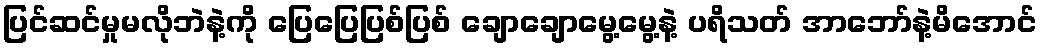
ပြင်ဆင်မှုမလိုဘဲနဲ့ကို ပြေပြေပြစ်ပြစ် ချောချောမွေ့မွေ့နဲ့ ပရိသတ် အာဘော်နဲ့မိအောင်